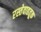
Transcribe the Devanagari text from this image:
रस्तेवाहतूक